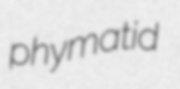
phymatid